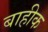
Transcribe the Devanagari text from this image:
बाहीक